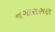
નગારાસણ